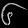
Digit: ၆